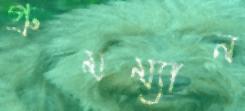
গ্রুমম্যান